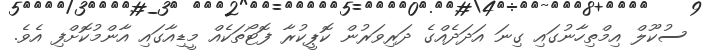
ސުކޫލް އިމްތިހާނުގައި ގިނަ އަދަދެއްގެ ދަރިވަރުން ކޮޕީކުރާ ފޮޓޯތަކެއް މީޑިއާގައި އާންމުކޮށްފި އެވެ.